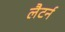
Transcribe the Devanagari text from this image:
लैटर्न